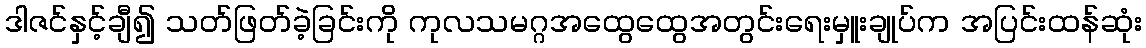
ဒါဇင်နှင့်ချီ၍ သတ်ဖြတ်ခဲ့ခြင်းကို ကုလသမဂ္ဂအထွေထွေအတွင်းရေးမှူးချုပ်က အပြင်းထန်ဆုံး